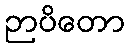
ဉာပိတော